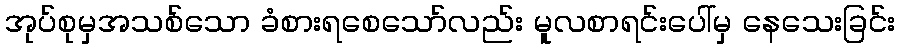
အုပ်စုမှအသစ်သော ခံစားရစေသော်လည်း မူလစာရင်းပေါ်မှ နေသေးခြင်း